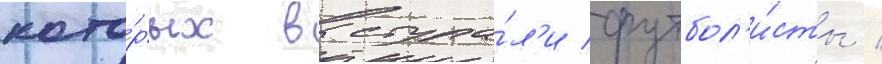
кото́рых выступа́л'и футбол'и́сты /